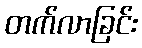
တက်လာခြင်း